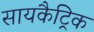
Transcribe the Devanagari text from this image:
सायकैट्रिक